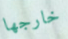
خارجها